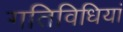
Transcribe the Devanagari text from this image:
गतिविधियां